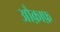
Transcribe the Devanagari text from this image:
औक़ाफ़